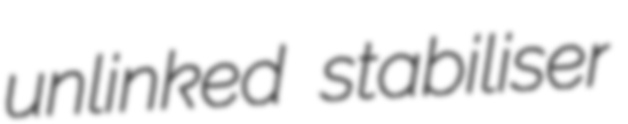
unlinked stabiliser